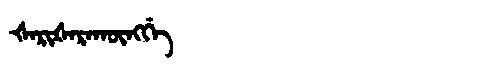
Manchu: ᡧᠠᡵᡳᡧᠠᡵᠠᡴᡡᠩᡤᡝ
Romanization: ŠARIŠARAKŪNGGE